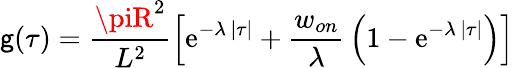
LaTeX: \mathsf{g}(\tau)={\frac{{\piR^{2}}}{{L^{2}}}}\Big[\mathrm{{e}}^{-\lambda\, |\tau|}+{\frac{{w_{on}}}{{\lambda}}}\left(1-\mathrm{{e}}^{-\lambda\, |\tau|}\right)\Big]